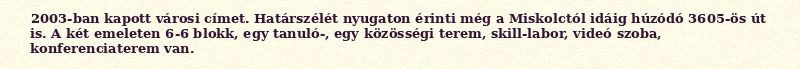
2003-ban kapott városi címet. Határszélét nyugaton érinti még a Miskolctól idáig húzódó 3605-ös út is. A két emeleten 6-6 blokk, egy tanuló-, egy közösségi terem, skill-labor, videó szoba, konferenciaterem van.